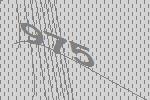
975